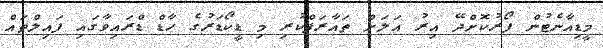
މީޑިއާނެޓުން ފޯރުކޮށްދޭ އިރު އަލަށް ތައާރަފްކުރި މި ޑީކޯޑަރުގެ ހާޑް ޑްރައިވާގައި ފައިލްތައް